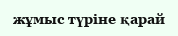
жұмыс түріне қарай